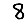
Digit: 8